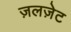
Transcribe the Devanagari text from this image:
ज़लज़ेट